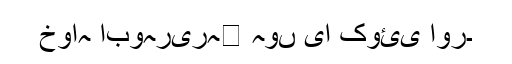
خواہ ابوہریرہ﷜ ہوں یا کوئی اور۔